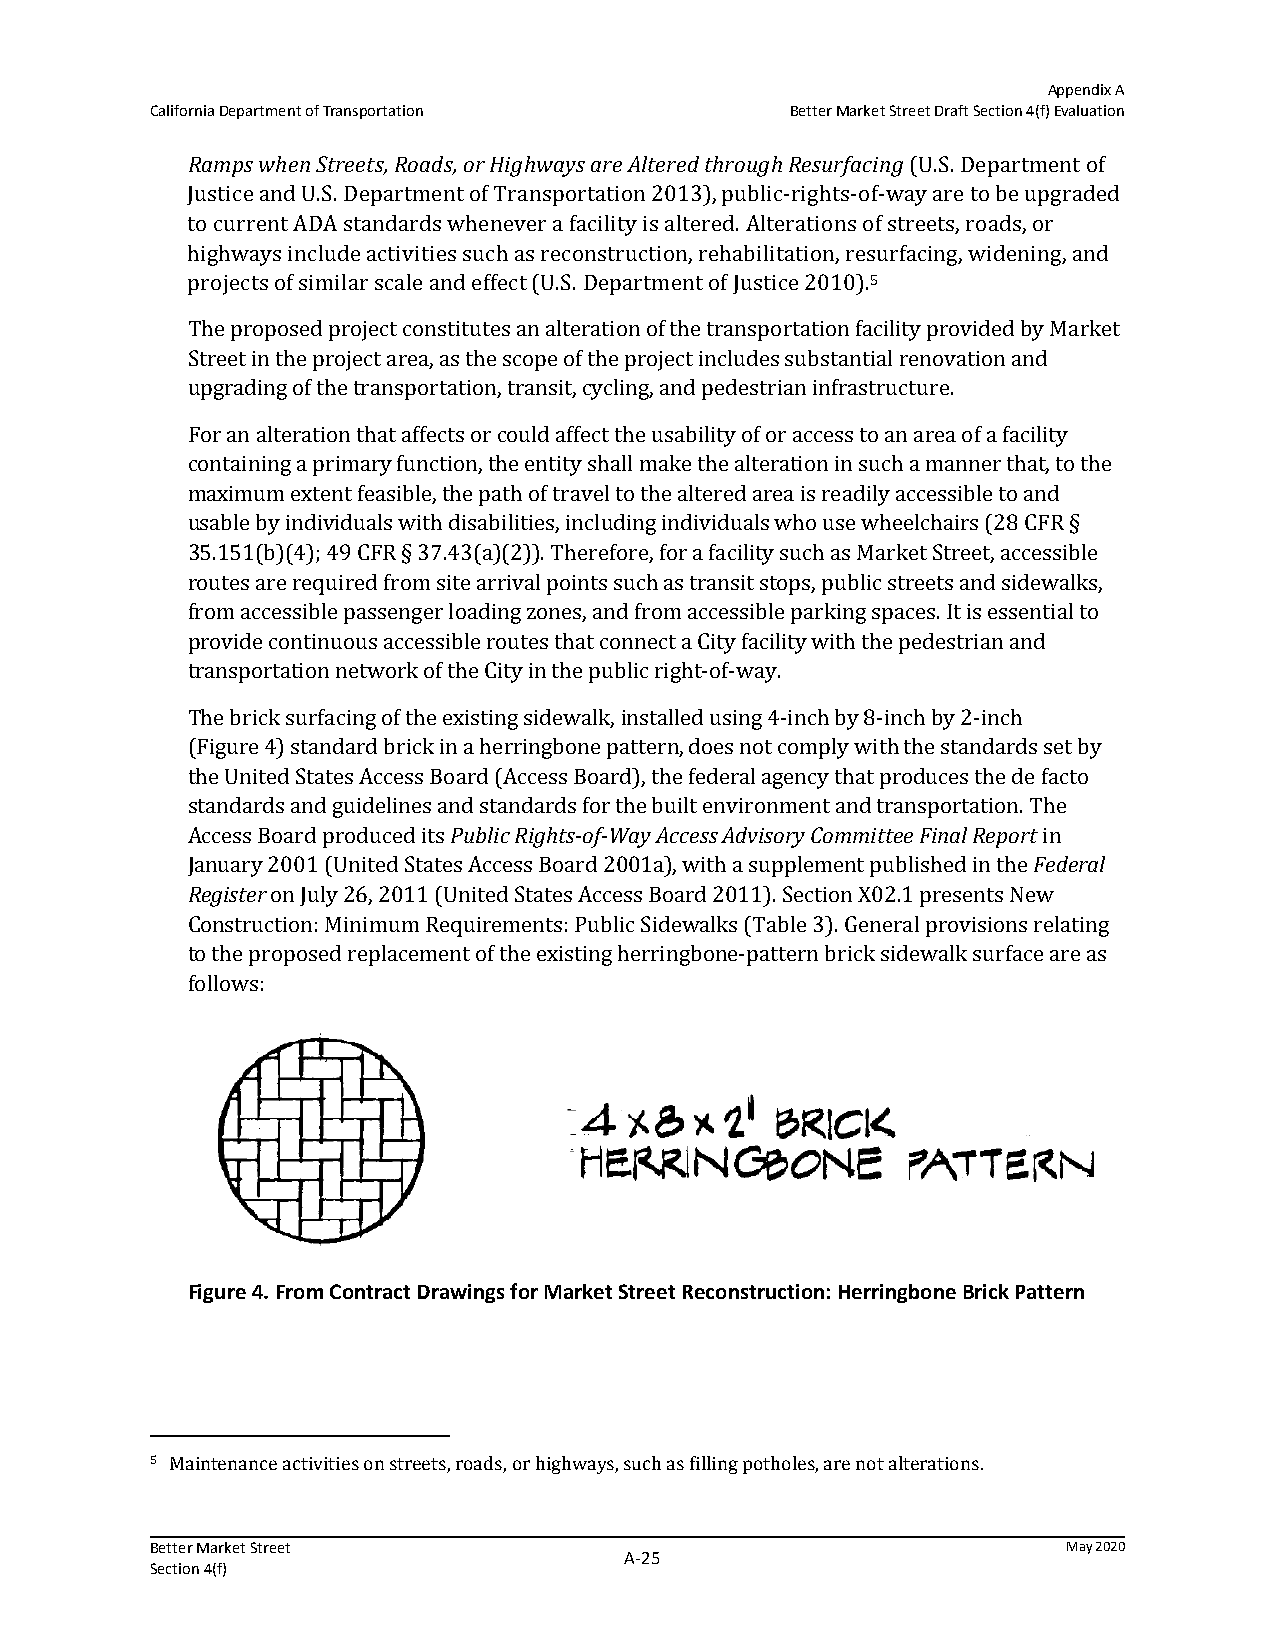
Appendix A
 California Department of Transportation   Better Market Street Draft Section 4(f) Evaluation
 Ramps when Streets, Roads, or Highways are Altered through Resurfacing (U.S. Department of
 Justice and U.S. Department of Transportation 2013), public-rights-of-way are to be upgraded
 to current ADA standards whenever a facility is altered. Alterations of streets, roads, or
 highways include activities such as reconstruction, rehabilitation, resurfacing, widening, and
 projects of similar scale and effect (U.S. Department of Justice 2010).5
 The proposed project constitutes an alteration of the transportation facility provided by Market
 Street in the project area, as the scope of the project includes substantial renovation and
 upgrading of the transportation, transit, cycling, and pedestrian infrastructure.
 For an alteration that affects or could affect the usability of or access to an area of a facility
 containing a primary function, the entity shall make the alteration in such a manner that, to the
 maximum extent feasible, the path of travel to the altered area is readily accessible to and
 usable by individuals with disabilities, including individuals who use wheelchairs (28 CFR §
 35.151(b)(4); 49 CFR § 37.43(a)(2)). Therefore, for a facility such as Market Street, accessible
 routes are required from site arrival points such as transit stops, public streets and sidewalks,
 from accessible passenger loading zones, and from accessible parking spaces. It is essential to
 provide continuous accessible routes that connect a City facility with the pedestrian and
 transportation network of the City in the public right-of-way.
 The brick surfacing of the existing sidewalk, installed using 4-inch by 8-inch by 2-inch
 (Figure 4) standard brick in a herringbone pattern, does not comply with the standards set by
 the United States Access Board (Access Board), the federal agency that produces the de facto
 standards and guidelines and standards for the built environment and transportation. The
 Access Board produced its Public Rights‐of‐Way Access Advisory Committee Final Report in
 January 2001 (United States Access Board 2001a), with a supplement published in the Federal
 Register on July 26, 2011 (United States Access Board 2011). Section X02.1 presents New
 Construction: Minimum Requirements: Public Sidewalks (Table 3). General provisions relating
 to the proposed replacement of the existing herringbone-pattern brick sidewalk surface are as
 follows:
 Figure 4. From Contract Drawings for Market Street Reconstruction: Herringbone Brick Pattern
 5 Maintenance activities on streets, roads, or highways, such as filling potholes, are not alterations.
 Better Market Street                                         May 2020
 A‐25
 Section 4(f)